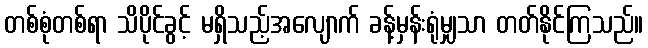
တစ်စုံတစ်ရာ သိပိုင်ခွင့် မရှိသည့်အလျောက် ခန့်မှန်းရုံမျှသာ တတ်နိုင်ကြသည်။